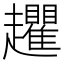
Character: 𧾱